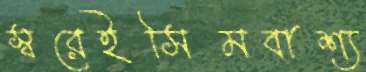
স্বরেইসিমবাশ্য